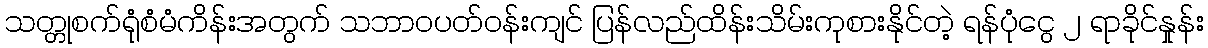
သတ္တုစက်ရုံစံမံကိန်းအတွက် သဘာဝပတ်ဝန်းကျင် ပြန်လည်ထိန်းသိမ်းကုစားနိုင်တဲ့ ရန်ပုံငွေ ၂ ရာခိုင်နှုန်း